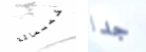
خمسمائة جدا